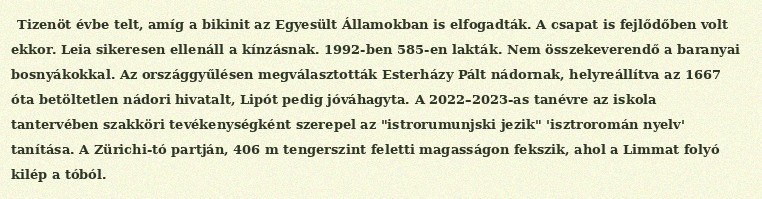
Tizenöt évbe telt, amíg a bikinit az Egyesült Államokban is elfogadták. A csapat is fejlődőben volt ekkor. Leia sikeresen ellenáll a kínzásnak. 1992-ben 585-en lakták. Nem összekeverendő a baranyai bosnyákokkal. Az országgyűlésen megválasztották Esterházy Pált nádornak, helyreállítva az 1667 óta betöltetlen nádori hivatalt, Lipót pedig jóváhagyta. A 2022–2023-as tanévre az iskola tantervében szakköri tevékenységként szerepel az "istrorumunjski jezik" 'isztroromán nyelv' tanítása. A Zürichi-tó partján, 406 m tengerszint feletti magasságon fekszik, ahol a Limmat folyó kilép a tóból.